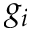
g _ { i }